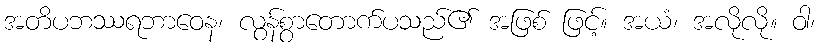
အတိပဘဿရဘာဝေန၊ လွန်စွာတောက်ပသည်၏ အဖြစ် ဖြင့်။ အယံ၊ အလိုလို။ ဝါ၊